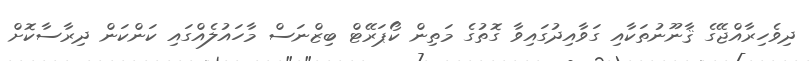
ދިވެހިރާއްޖޭގެ ޤާނޫނުތަކާއި ގަވާއިދުގައިވާ ގޮތުގެ މަތިން ކޯޕަރޭޓް ބިޒްނަސް މާހައުލެއްގައި ކަންކަން ދިރާސާކޮށް